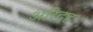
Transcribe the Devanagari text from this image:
अरिदह